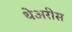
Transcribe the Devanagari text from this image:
थेअरीस